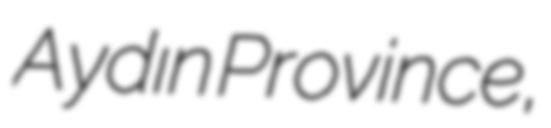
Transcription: Aydın Province,